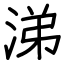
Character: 涕